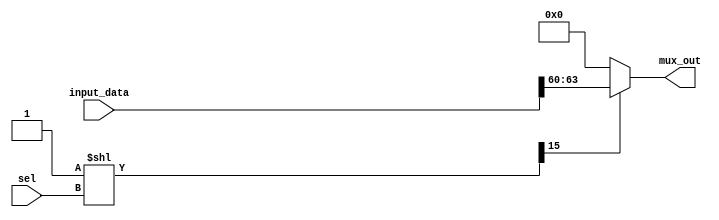
module param_mux
#(
  parameter  N         = 16,
  parameter  SEL_LINES = 4, //No of select lines log2(N)
  parameter  M         = 4 //M bitwidth of Each input 

)
(
  input wire  [(N*M)-1:0]          input_data, //N input data packed into N*M bus {input_N,input_(N-1),input_(N-2)......input_0}
  input wire  [SEL_LINES-1:0]    sel,

  output reg  [M-1:0]        mux_out


);

reg [N-1:0] sel_dec;

// Conversion of selection bits to one hot encoding

always @(sel) begin
    sel_dec <= {{{N-1}{1'b0}},1'b1}<<sel;
end

integer i;

always @(*) begin
   for(i=0;i<N;i=i+1)begin
      mux_out <= sel_dec[i] ? input_data[((i+1)*M)-1:i*M] : {{M-1}{1'b0}};
   end
end

endmodule